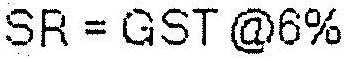
SR = GST @6%